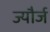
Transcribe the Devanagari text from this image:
ज्यौर्ज